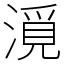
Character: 漞